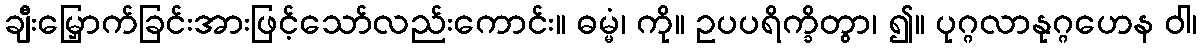
ချီးမြှောက်ခြင်းအားဖြင့်သော်လည်းကောင်း။ ဓမ္မံ၊ ကို။ ဥပပရိက္ခိတွာ၊ ၍။ ပုဂ္ဂလာနုဂ္ဂဟေန ဝါ၊